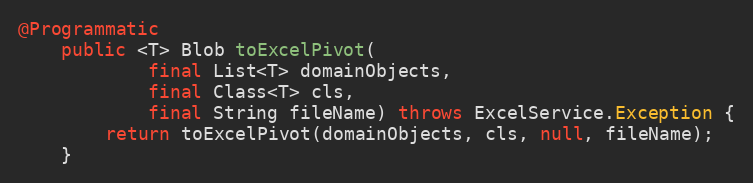
Language: Java
@Programmatic
    public <T> Blob toExcelPivot(
            final List<T> domainObjects,
            final Class<T> cls,
            final String fileName) throws ExcelService.Exception {
        return toExcelPivot(domainObjects, cls, null, fileName);
    }